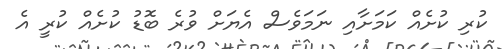
ކުރި ކުށެއް ކަމަށާއި ނަމަވެސް އެޔަށް ވުރެ ބޮޑު ކުށެއް ކުރީ އެ